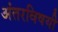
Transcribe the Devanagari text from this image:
अंतरविषयी